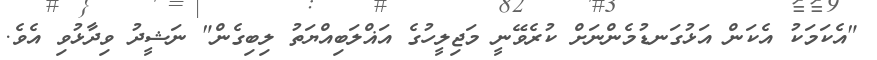
"އެކަމަކު އެކަން އަޅުގަނޑުމެންނަށް ކުރެވޭނީ މަޖިލީހުގެ އަޣްލަބިއްޔަތު ލިބިގެން" ނަޝީދު ވިދާޅުވި އެވެ.